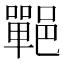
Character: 𨞏